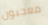
معجبون